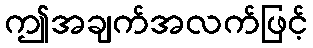
ဤအချက်အလက်ဖြင့်